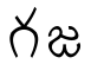
గజ